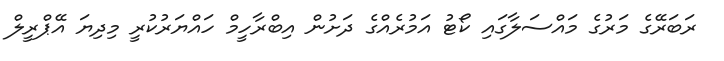
ރަބަރޭގެ މަރުގެ މައްސަލާގައި ކޯޓު އަމުރެއްގެ ދަށުން އިބްރާހީމް ހައްޔަރުކުރީ މިދިޔަ އޭޕްރީލް